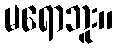
မရောဘူး။